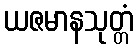
ယဇမာနသုတ္တံ